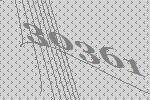
30361